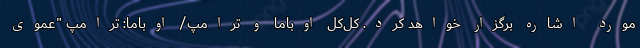
مورد اشاره برگزار خواهد كرد. کل‌کل اوباما و ترامپ/ اوباما: ترامپ "عموی